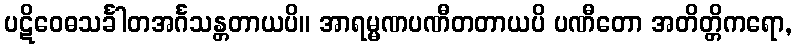
ပဋိဝေဓသင်္ခါတအင်္ဂသန္တတာယပိ။ အာရမ္မဏပဏီတတာယပိ ပဏီတော အတိတ္တိကရော,